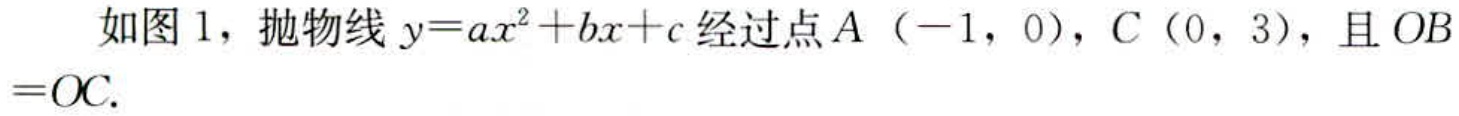
如图 1，抛物线 \(y = ax^{2}+bx + c\) 经过点 \(A（-1，0）\)，\(C（0，3）\)，且 \(OB = OC\).